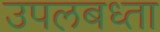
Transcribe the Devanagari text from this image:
उपलबध्ता